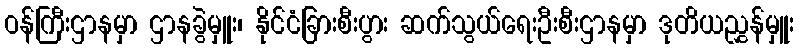
ဝန်ကြီးဌာနမှာ ဌာနခွဲမှူး၊ နိုင်ငံခြားစီးပွား ဆက်သွယ်ရေးဦးစီးဌာနမှာ ဒုတိယညွှန်မှူး